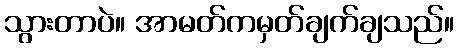
သွားတာပဲ။ အာမတ်ကမှတ်ချက်ချသည်။